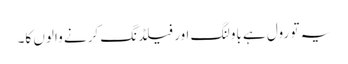
یہ تو رول ہے باولنگ اور فیلڈنگ کرنے والوں کا۔